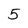
Character: 5